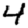
Digit: 4